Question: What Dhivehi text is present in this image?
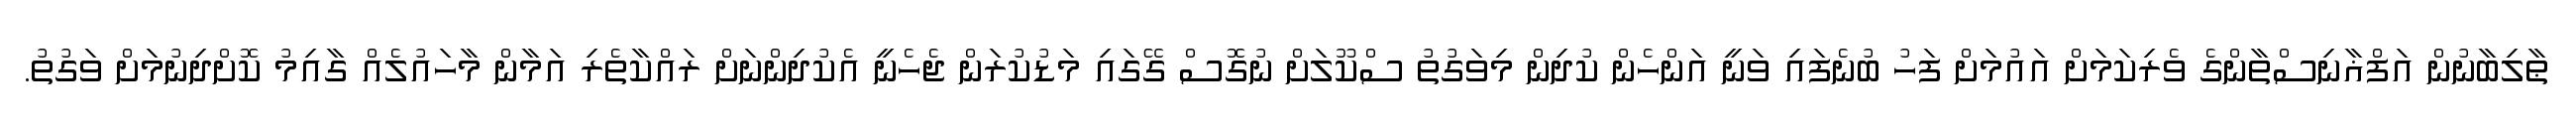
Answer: ޠާލިބާނުން އަފްޣާނިސްތާންގެ ވެރިކަމަށް އައުމަށް ފަހު ބުނެފައި ވަނީ އަންހެން ކުދިން މިވަގުތު ސްކޫލަށް ނުގޮސް ގޭގައި މަޑުކުރަން ޖެހެނީ އެކުދިންނަށް ރައްކާތެރި އަމާން މާހައުލެއް ގާއިމު ކޮށްދިނުމަށް ވަގުތު.